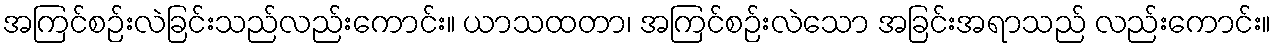
အကြင်စဉ်းလဲခြင်းသည်လည်းကောင်း။ ယာသထတာ၊ အကြင်စဉ်းလဲသော အခြင်းအရာသည် လည်းကောင်း။